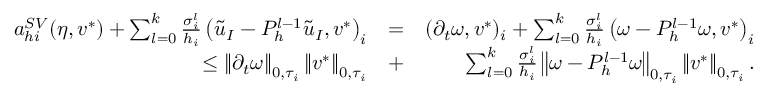
\begin{array} { r l r } { a _ { h i } ^ { S V } ( \eta , v ^ { * } ) + \sum _ { l = 0 } ^ { k } \frac { \sigma _ { i } ^ { l } } { h _ { i } } \left( \widetilde { u } _ { I } - P _ { h } ^ { l - 1 } \widetilde { u } _ { I } , v ^ { * } \right) _ { i } } & { = } & { ( \partial _ { t } \omega , v ^ { * } ) _ { i } + \sum _ { l = 0 } ^ { k } \frac { \sigma _ { i } ^ { l } } { h _ { i } } \left( \omega - P _ { h } ^ { l - 1 } \omega , v ^ { * } \right) _ { i } } \\ { \leq \left\lVert \partial _ { t } \omega \right\rVert _ { 0 , \tau _ { i } } \left\lVert v ^ { * } \right\rVert _ { 0 , \tau _ { i } } } & { + } & { \sum _ { l = 0 } ^ { k } \frac { \sigma _ { i } ^ { l } } { h _ { i } } \left\lVert \omega - P _ { h } ^ { l - 1 } \omega \right\rVert _ { 0 , \tau _ { i } } \left\lVert v ^ { * } \right\rVert _ { 0 , \tau _ { i } } . } \end{array}